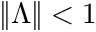
\| \Lambda \| < 1